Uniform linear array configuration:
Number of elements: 32
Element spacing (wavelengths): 1
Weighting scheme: kaiser
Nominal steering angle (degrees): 60
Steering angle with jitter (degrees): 59.047
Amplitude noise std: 0.05
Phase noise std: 0.05

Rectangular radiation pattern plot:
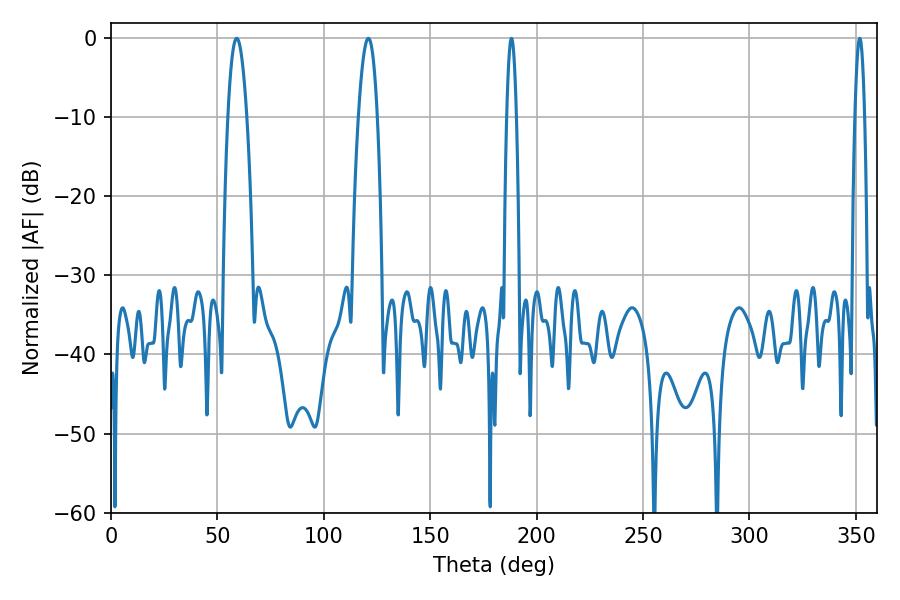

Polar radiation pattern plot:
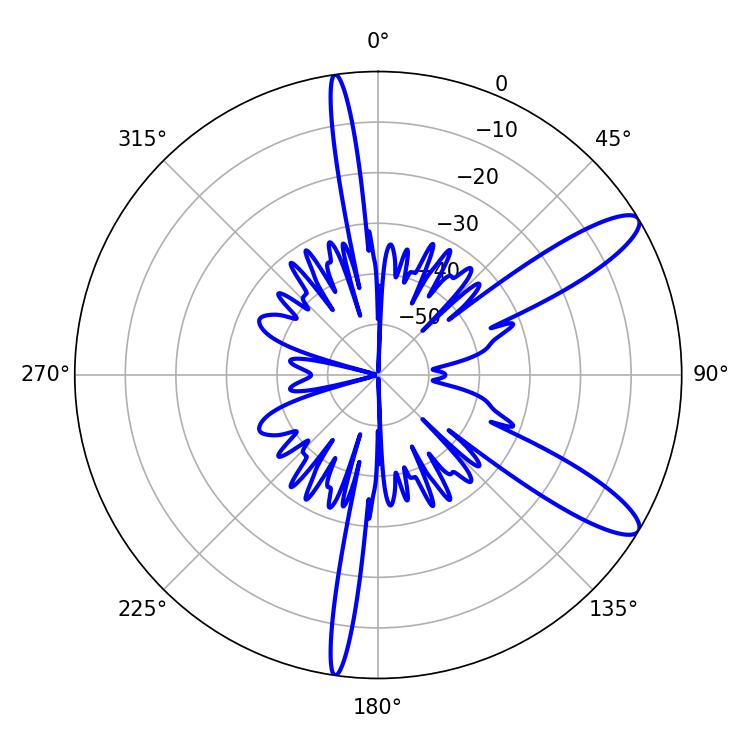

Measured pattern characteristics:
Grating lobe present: TRUE
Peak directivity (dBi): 11.389
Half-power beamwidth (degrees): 4.86
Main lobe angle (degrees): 59.04